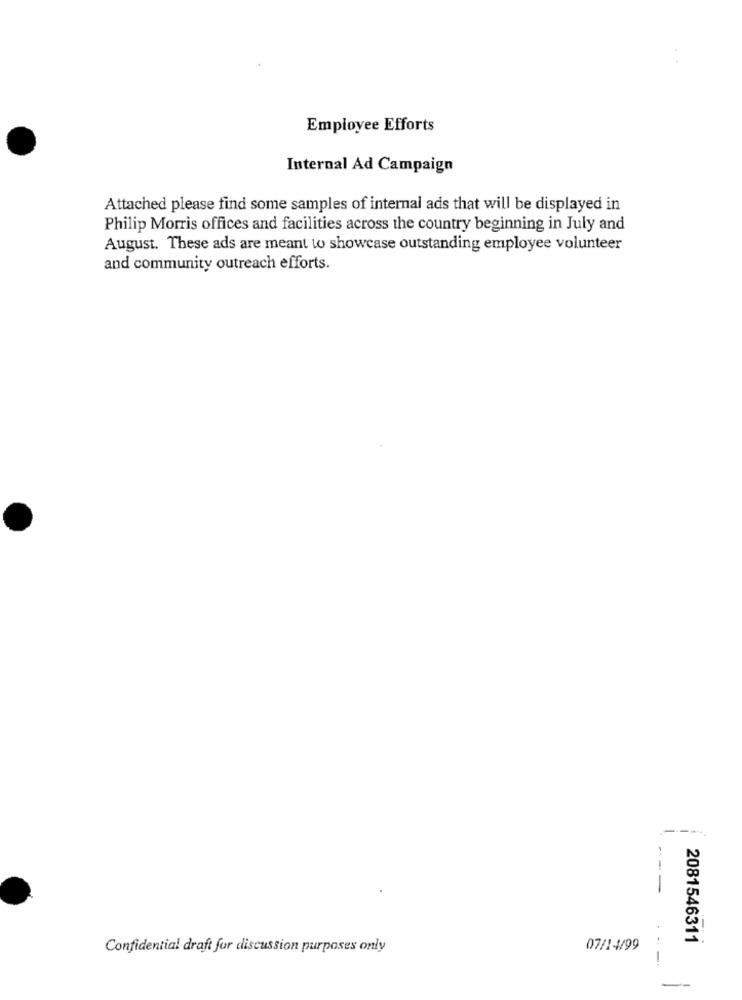
Employee Efforts
Internal Ad Campaign
Attached please find some samples of internal ads that will be displayed in
Philip Morris offices and facilities across the country beginning in July and
August. These ads are meant to showcase outstanding employee volunteer
and community outreach efforts.
--
2081546311
Confidential draft for discussion purposes only
07/1-4/99
-
-